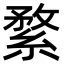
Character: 䋷